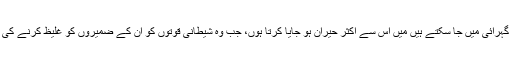
لوگ کس قدر گناہ کی گہرائی میں جا سکتے ہیں میں اِس سے اکثر حیران ہو جایا کرتا ہوں، جب وہ شیطانی قوتوں کو اُن کے ضمیروں کو غلیظ کرنے کی اِجازت دے دیتے ہیں!